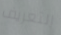
التعريف